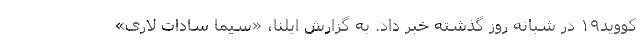
کووید۱۹ در شبانه روز گذشته خبر داد. به گزارش ایلنا، «سیما سادات لاری»